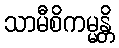
သာမီစိကမ္မန္တိ